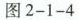
图2-1-4